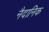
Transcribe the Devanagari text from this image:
नैदानिक